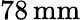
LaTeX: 78\, \textrm{mm}